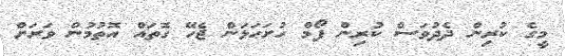
މީގެ ކުރިން ދެދުވަސް ކުރިން ފޯމް ހުށަހަޅަން ޖެހޭ ގޮތައް އޮތުމުން ވަރަށް